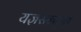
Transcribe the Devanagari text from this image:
यज्ञसन्मुख